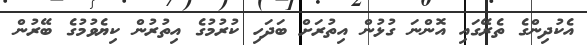
އެކުދިންގެ ތެރޭގައި އޮންނަ ގުޅުން އިތުރަށް ބަދަހި ކުރުމުގެ އިތުރުން ކިޔެވުމުގެ ބޭރުން